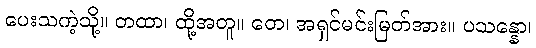
ပေးသကဲ့သို့။ တထာ၊ ထို့အတူ။ တေ၊ အရှင်မင်းမြတ်အား။ ပသန္နော၊